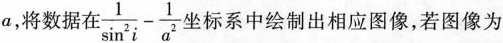
a，将数据在 $$\frac{1}{\sin ^{2}i}- \frac{1}{a^{2}}$$ 坐标系中绘制出相应图像，若图像为